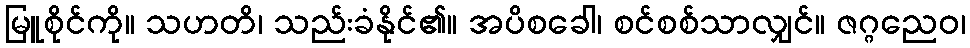
မြူစိုင်ကို။ သဟတိ၊ သည်းခံနိုင်၏။ အပိစခေါ၊ စင်စစ်သာလျှင်။ ဇဂ္ဂညေဝ၊